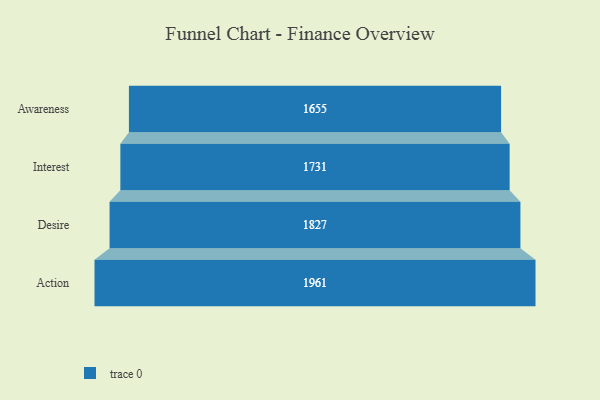
{"axis": {"x": "Stage", "y": "Value"}, "legend": [""], "data": [{"x": "Awareness", "y": 1655.0, "type": ""}, {"x": "Interest", "y": 1731.0, "type": ""}, {"x": "Desire", "y": 1827.0, "type": ""}, {"x": "Action", "y": 1961.0, "type": ""}]}